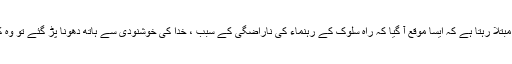
اس خوف میں مبتلا رہتا ہے کہ ایسا موقع آ گیا کہ راہ سلوک کے رہنماء کی ناراضگی کے سبب ، خدا کی خوشنودی سے ہاتھ دھونا پڑ گئے تو وہ کہاں جائے گا۔